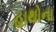
હાથોના